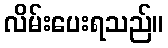
လိမ်းပေးရသည်။